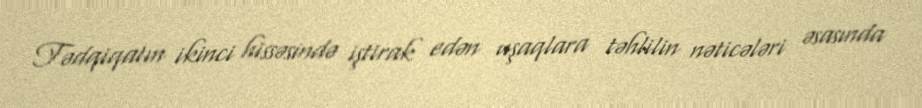
Tədqiqatın ikinci hissəsində iştirak edən uşaqlara təhlilin nəticələri əsasında